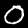
Label: 0